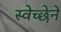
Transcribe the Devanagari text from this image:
स्वेच्छेनें